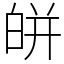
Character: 皏